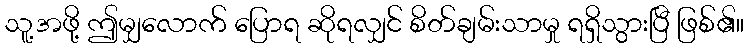
သူ့အဖို့ ဤမျှလောက် ပြောရ ဆိုရလျှင် စိတ်ချမ်းသာမှု ရရှိသွားပြီ ဖြစ်၏။